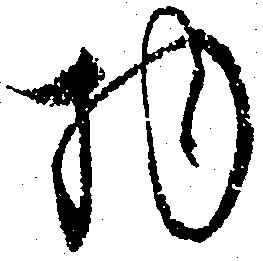
物